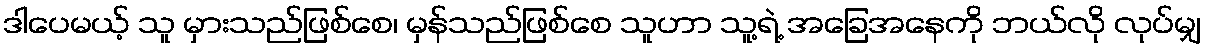
ဒါပေမယ့် သူ မှားသည်ဖြစ်စေ၊ မှန်သည်ဖြစ်စေ သူဟာ သူ့ရဲ့ အခြေအနေကို ဘယ်လို လုပ်မျှ